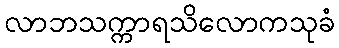
လာဘသက္ကာရသိလောကသုခံ